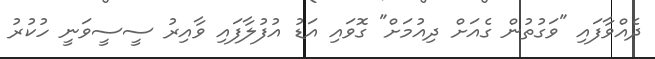
ދެއްވާފައި "ވަގުތުން ގެއަށް ދިއުމަށް" ގޮވައި އަޑު އުފުލާފައި ވާއިރު ސީސީވަނީ ހުކުރު